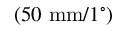
\left( 5 0 \mathrm { ~ m m } / 1 ^ { \circ } \right)